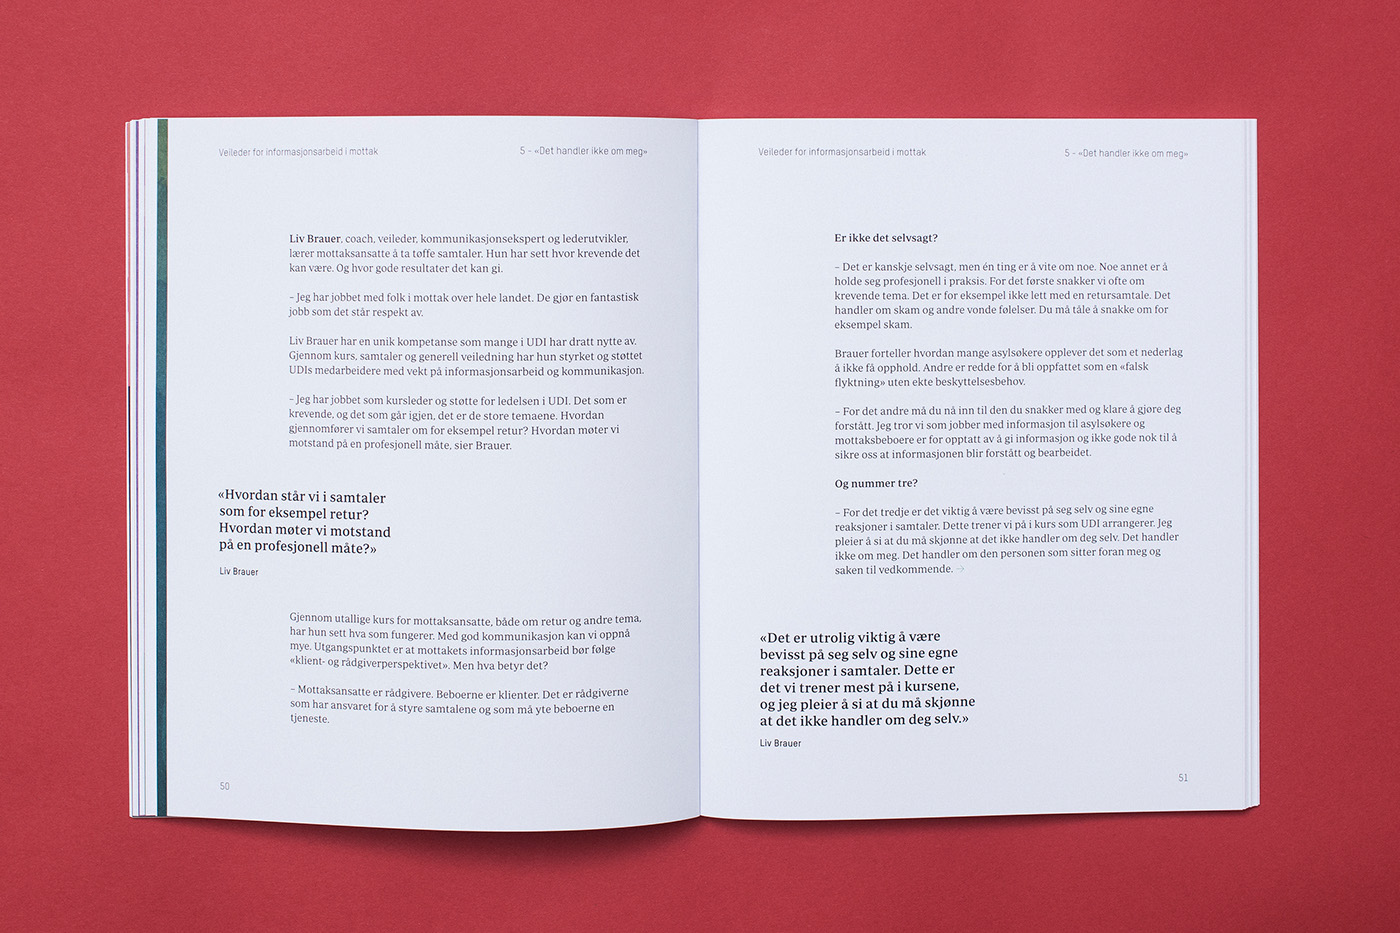
Language: no